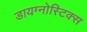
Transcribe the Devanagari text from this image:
डायग्‍नोस्टिक्‍स